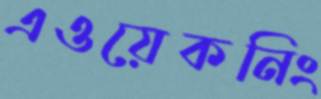
এওয়েকনিং